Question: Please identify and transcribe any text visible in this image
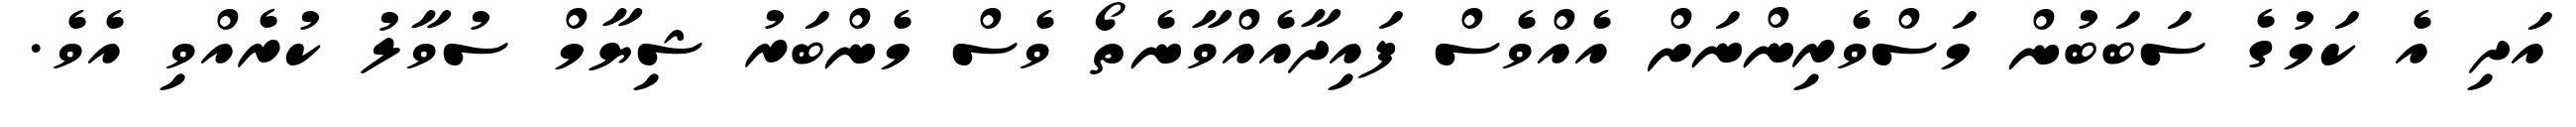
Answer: އަދި އެ ކަމުގެ ސަބަބުން މަސްވެރިންނަށް އެއްވެސް ފައިދާއެއްވާނެތޯ ވެސް މެންބަރު ޝިޔާމް ސުވާލު ކުރެއްވި އެވެ.